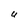
Character: U